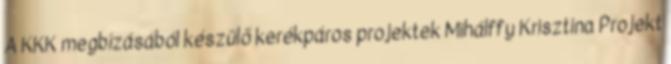
A KKK megbízásából készülő kerékpáros projektek Mihálffy Krisztina Projekt